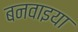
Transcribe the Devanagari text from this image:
बनवाइया